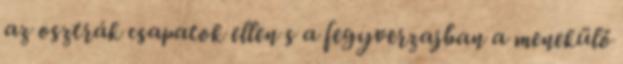
az osztrák csapatok ellen s a fegyverzajban a menekülő